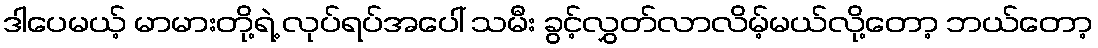
ဒါပေမယ့် မာမားတို့ရဲ့ လုပ်ရပ်အပေါ် သမီး ခွင့်လွှတ်လာလိမ့်မယ်လို့တော့ ဘယ်တော့